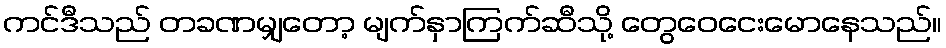
ကင်ဒီသည် တခဏမျှတော့ မျက်နှာကြက်ဆီသို့ တွေဝေငေးမောနေသည်။